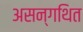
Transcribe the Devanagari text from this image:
असन्गथित